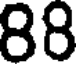
88